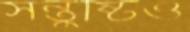
সন্তুষ্টিও